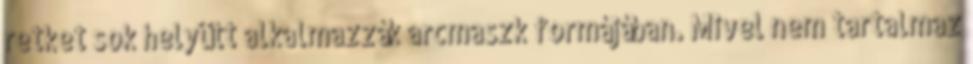
retket sok helyütt alkalmazzák arcmaszk formájában. Mivel nem tartalmaz